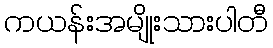
ကယန်းအမျိုးသားပါတီ